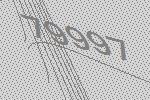
79997